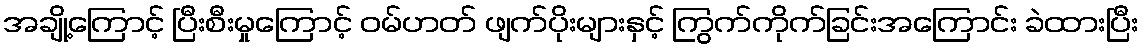
အချို့ကြောင့် ပြီးစီးမှုကြောင့် ဝမ်ဟတ် ဖျက်ပိုးများနှင့် ကြွက်ကိုက်ခြင်းအကြောင်း ခဲထားပြီး